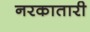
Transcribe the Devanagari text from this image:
नरकातारी